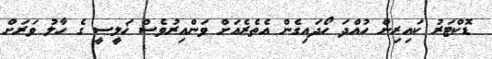
ޑޮކްޓަރު ކައިރިން ހުއްދަ ހޯދައިގެން އެތެރެއަށް ވަންއިރުވެސް ޚަލީސީ ގެ ހާލު ވަރަށް